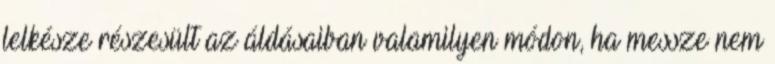
lelkésze részesült az áldásaiban valamilyen módon, ha messze nem